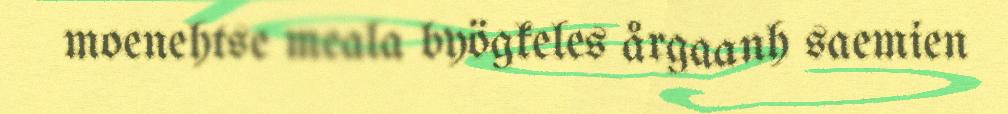
moenehtse meala byögkeles årgaanh saemien